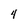
Character: 4